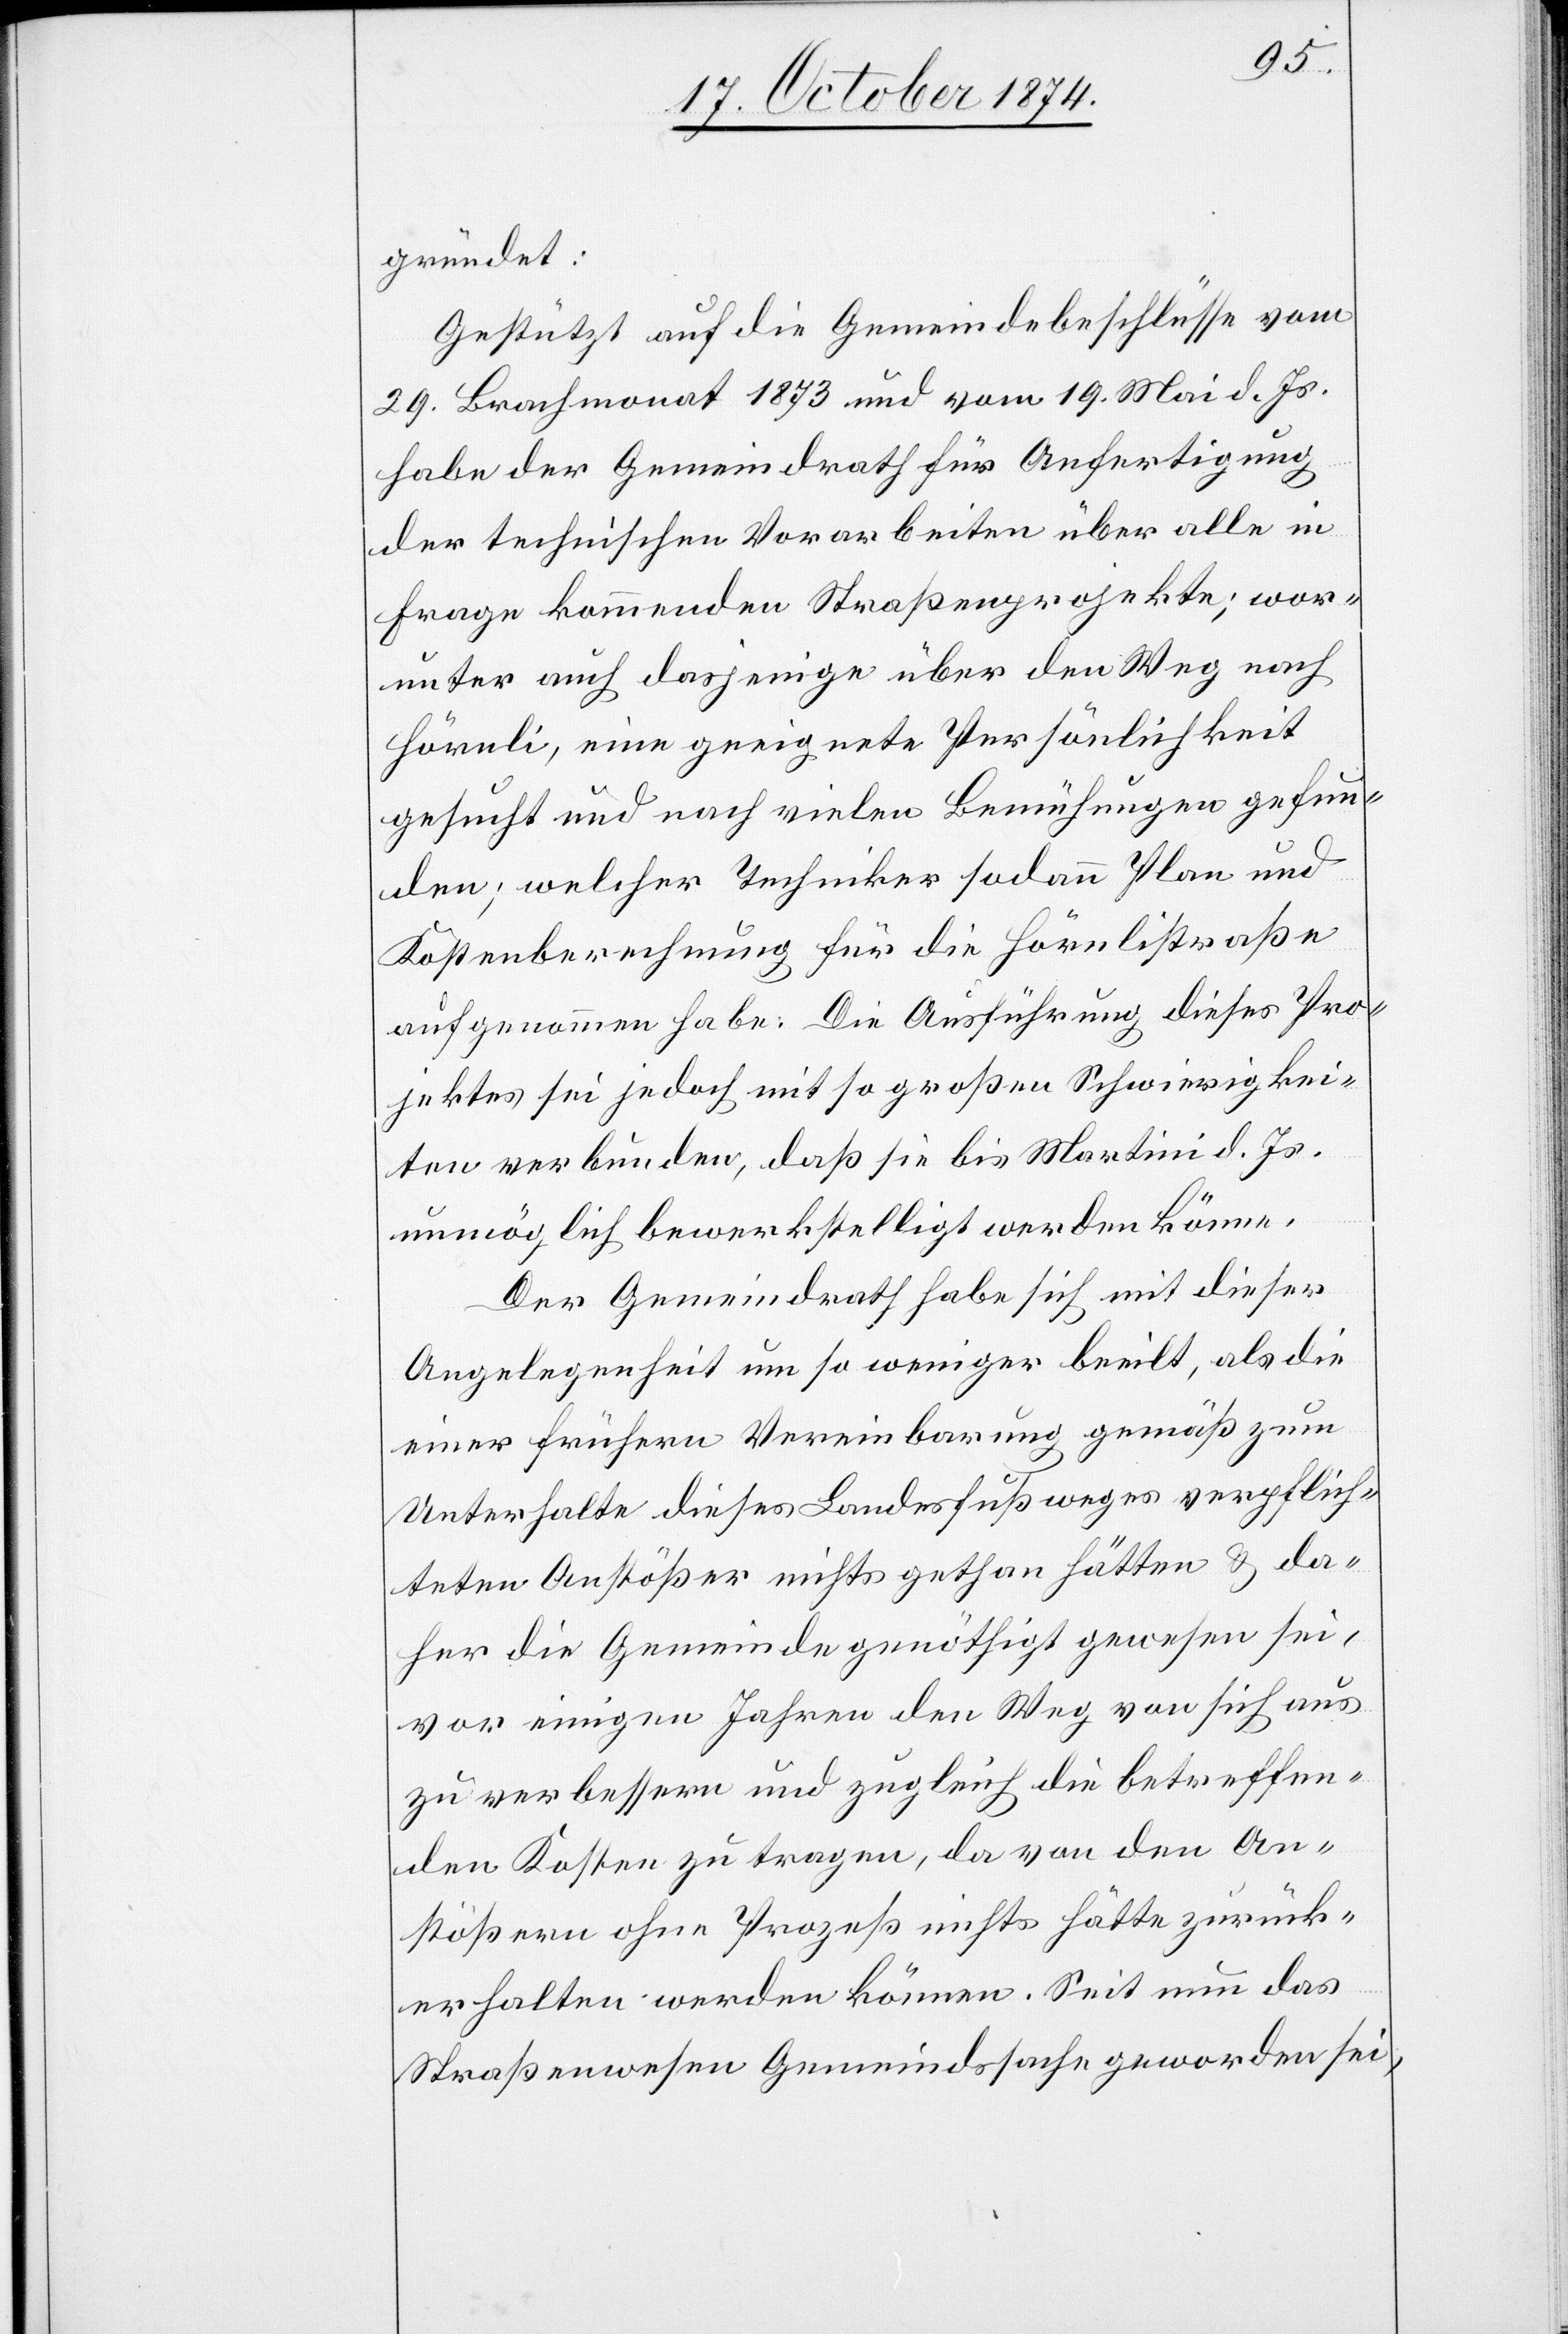
gründet:
Gestützt auf die Gemeindebeschlüsse vom
29. Brachmonat 1873 und vom 19. Mai d. Js.
habe der Gemeindrath für Anfertigung
der technischen Vorarbeiten über alle in
Frage kommenden Straßenprojekte; wor¬
unter auch dasjenige über den Weg nach
Hörnli, eine geeignete Persönlichkeit
gesucht und nach vielen Bemühungen gefun¬
den; welcher Techniker sodann Plan und
Kostenberechnung für die Hörnlistraße
aufgenommen habe. Die Ausführung dieses Pro¬
jektes sei jedoch mit so großen Schwierigkei¬
ten verbunden, daß sie bis Martini d. Js.
unmöglich bewerkstelligt werden könne.
Der Gemeindrath habe sich mit dieser
Angelegenheit um so weniger beeilt, als die
einer frühern Vereinbarung gemäß zum
Unterhalte dieses Landesfußweges verpflich¬
teten Anstößer nichts gethan hätten & da¬
her die Gemeinde genöthigt gewesen sei,
vor einigen Jahren den Weg von sich aus
zu verbessern und zugleich die betreffen¬
den Kosten zu tragen, da von den An¬
stößern ohne Prozeß nichts hätte zurück¬
erhalten werden können. Seit nun das
Straßenwesen Gemeindssache geworden sei,